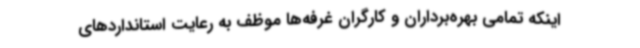
اینکه تمامی بهره‌برداران و کارگران غرفه‌ها موظف به رعایت استانداردهای